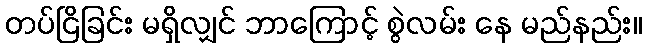
တပ်ငြိခြင်း မရှိလျှင် ဘာကြောင့် စွဲလမ်း နေ မည်နည်း။